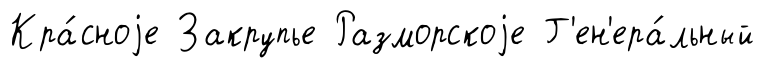
Кра́сноjе Закрупье Разморскоjе Г'ен'ера́льный